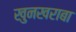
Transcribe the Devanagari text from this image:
खुनखराबा